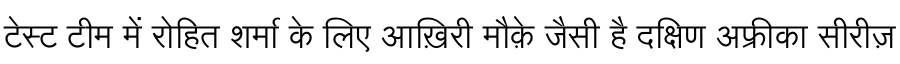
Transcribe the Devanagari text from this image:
टेस्ट टीम में रोहित शर्मा के लिए आख़िरी मौक़े जैसी है दक्षिण अफ्रीका सीरीज़